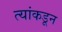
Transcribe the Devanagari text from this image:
त्यांकडून